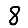
Digit: 8